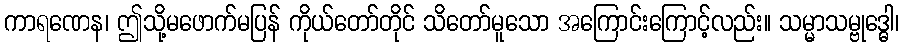
ကာရဏေန၊ ဤသို့မဖောက်မပြန် ကိုယ်တော်တိုင် သိတော်မူသော အကြောင်းကြောင့်လည်း။ သမ္မာသမ္ဗုဒ္ဓေါ၊